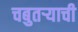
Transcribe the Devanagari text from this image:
चबुतऱ्याची